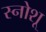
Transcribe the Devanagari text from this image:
स्नोशू